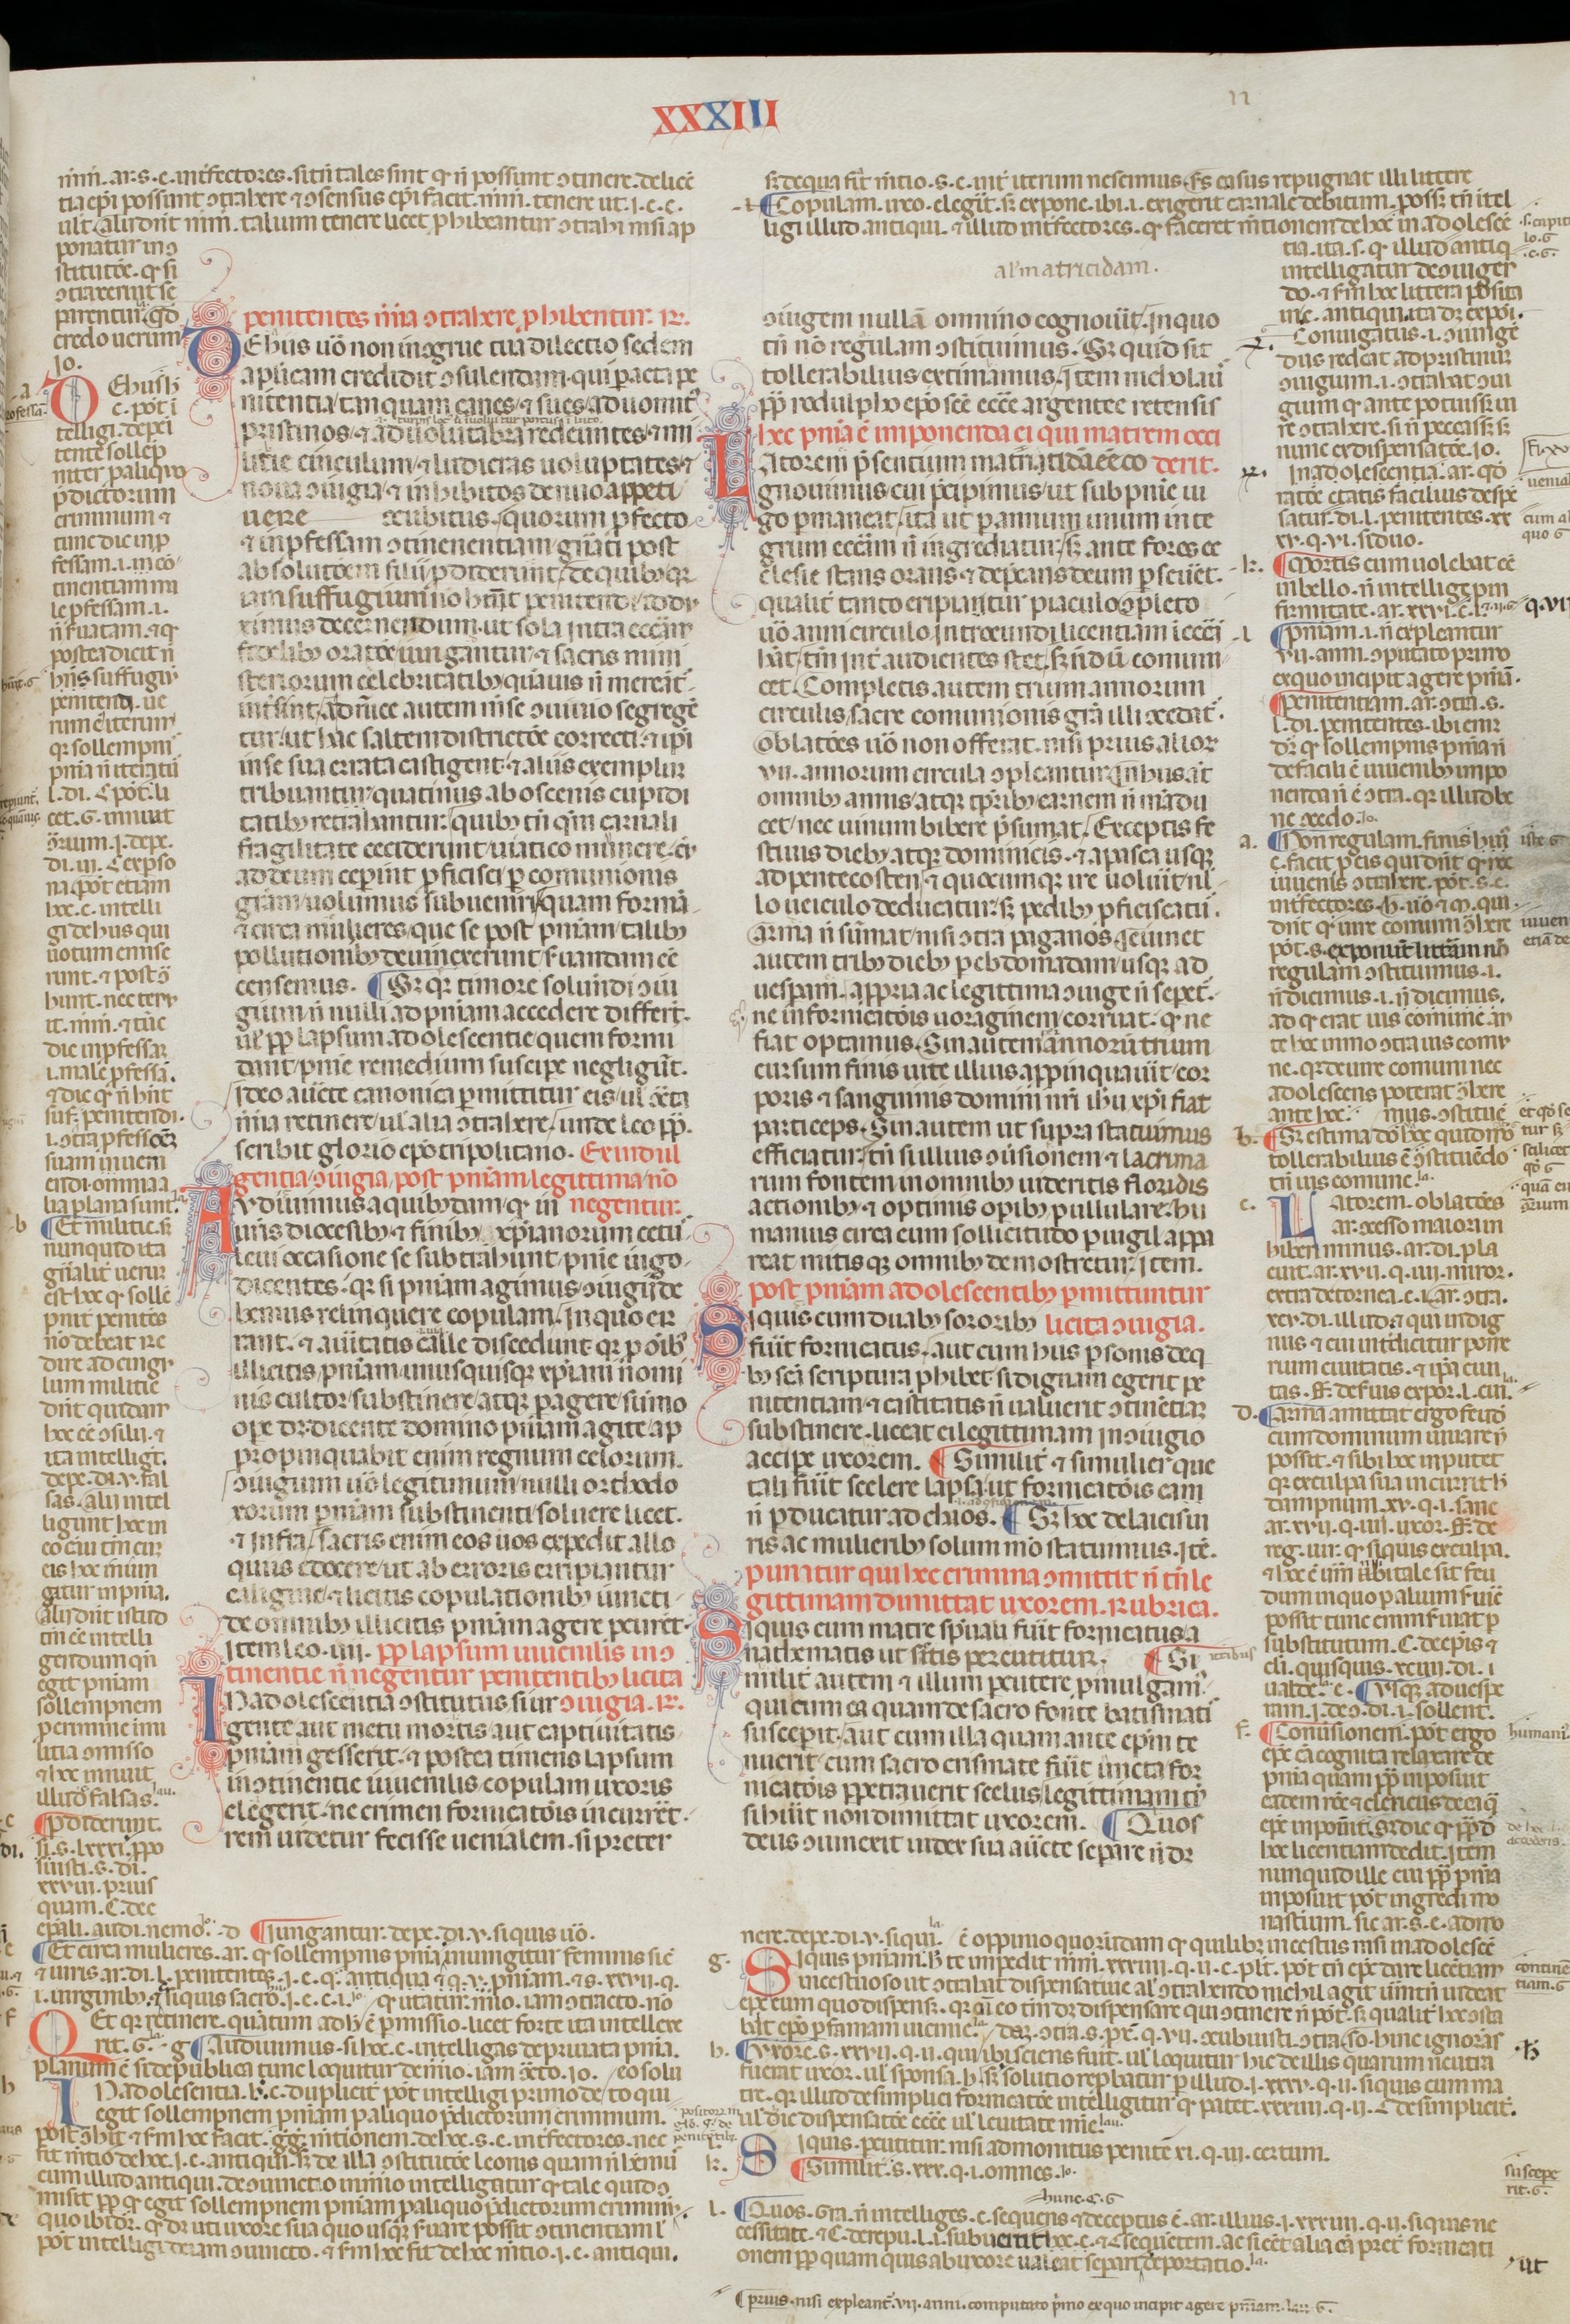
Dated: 1200–1399